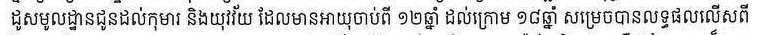
ដូសមូលដ្ឋានជូនដល់កុមារ និងយុវវ័យ ដែលមានអាយុចាប់ពី ១២ឆ្នាំ ដល់ក្រោម ១៨ឆ្នាំ សម្រេចបានលទ្ធផលលើសពី